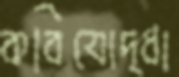
কবিযোদ্ধা